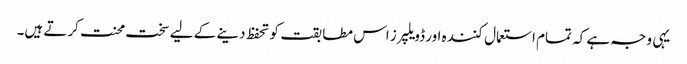
یہی وجہ ہے کہ تمام استعمال کنندہ اور ڈویلپرز اس مطابقت کو تحفظ دینے کے لیے سخت محنت کرتے ہیں۔